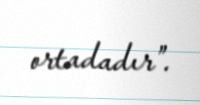
ortadadır”.